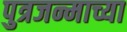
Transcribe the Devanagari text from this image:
पुत्रजन्माच्या